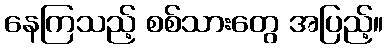
နေကြသည့် စစ်သားတွေ အပြည့်။